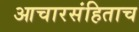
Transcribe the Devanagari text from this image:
आचारसंहिताच